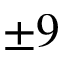
\pm 9